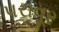
પરાવૂર